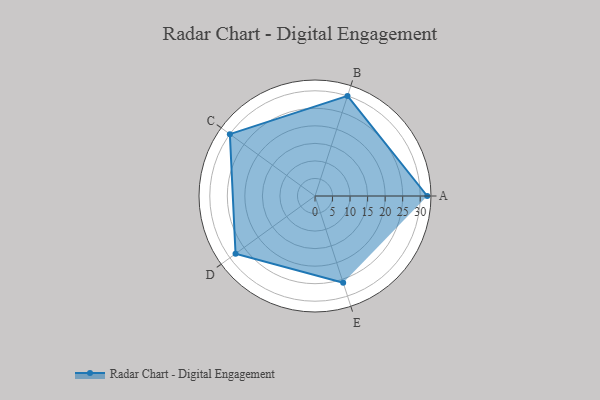
{"axis": {"x": "Skill", "y": "Score"}, "legend": ["Profile"], "data": [{"x": "A", "y": 32.0, "type": "Profile"}, {"x": "B", "y": 30.0, "type": "Profile"}, {"x": "C", "y": 30.0, "type": "Profile"}, {"x": "D", "y": 28.0, "type": "Profile"}, {"x": "E", "y": 26.0, "type": "Profile"}]}